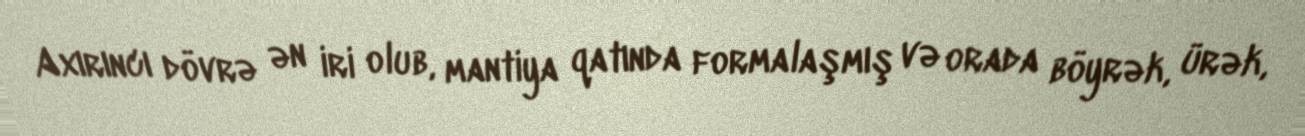
Axırıncı dövrə ən iri olub, mantiya qatında formalaşmış və orada böyrək, ürək,